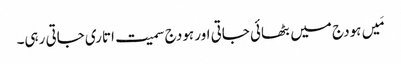
مَیں ہودج میں بٹھائی جاتی اور ہودج سمیت اتاری جاتی رہی۔